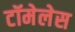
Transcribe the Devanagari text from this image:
टॉमेलेस